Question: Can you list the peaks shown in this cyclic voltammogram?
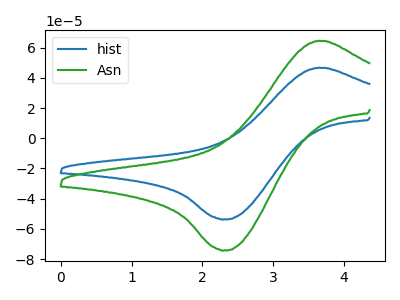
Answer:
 <answer>The blue curve "hist" has an anodic peak at (3.65V, 46.65uA) and a cathodic peak at (2.30V, -53.65uA). The green curve "Asn" has an anodic peak at (3.65V, 64.50uA) and a cathodic peak at (2.30V, -74.10uA).</answer>
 <eval></eval>